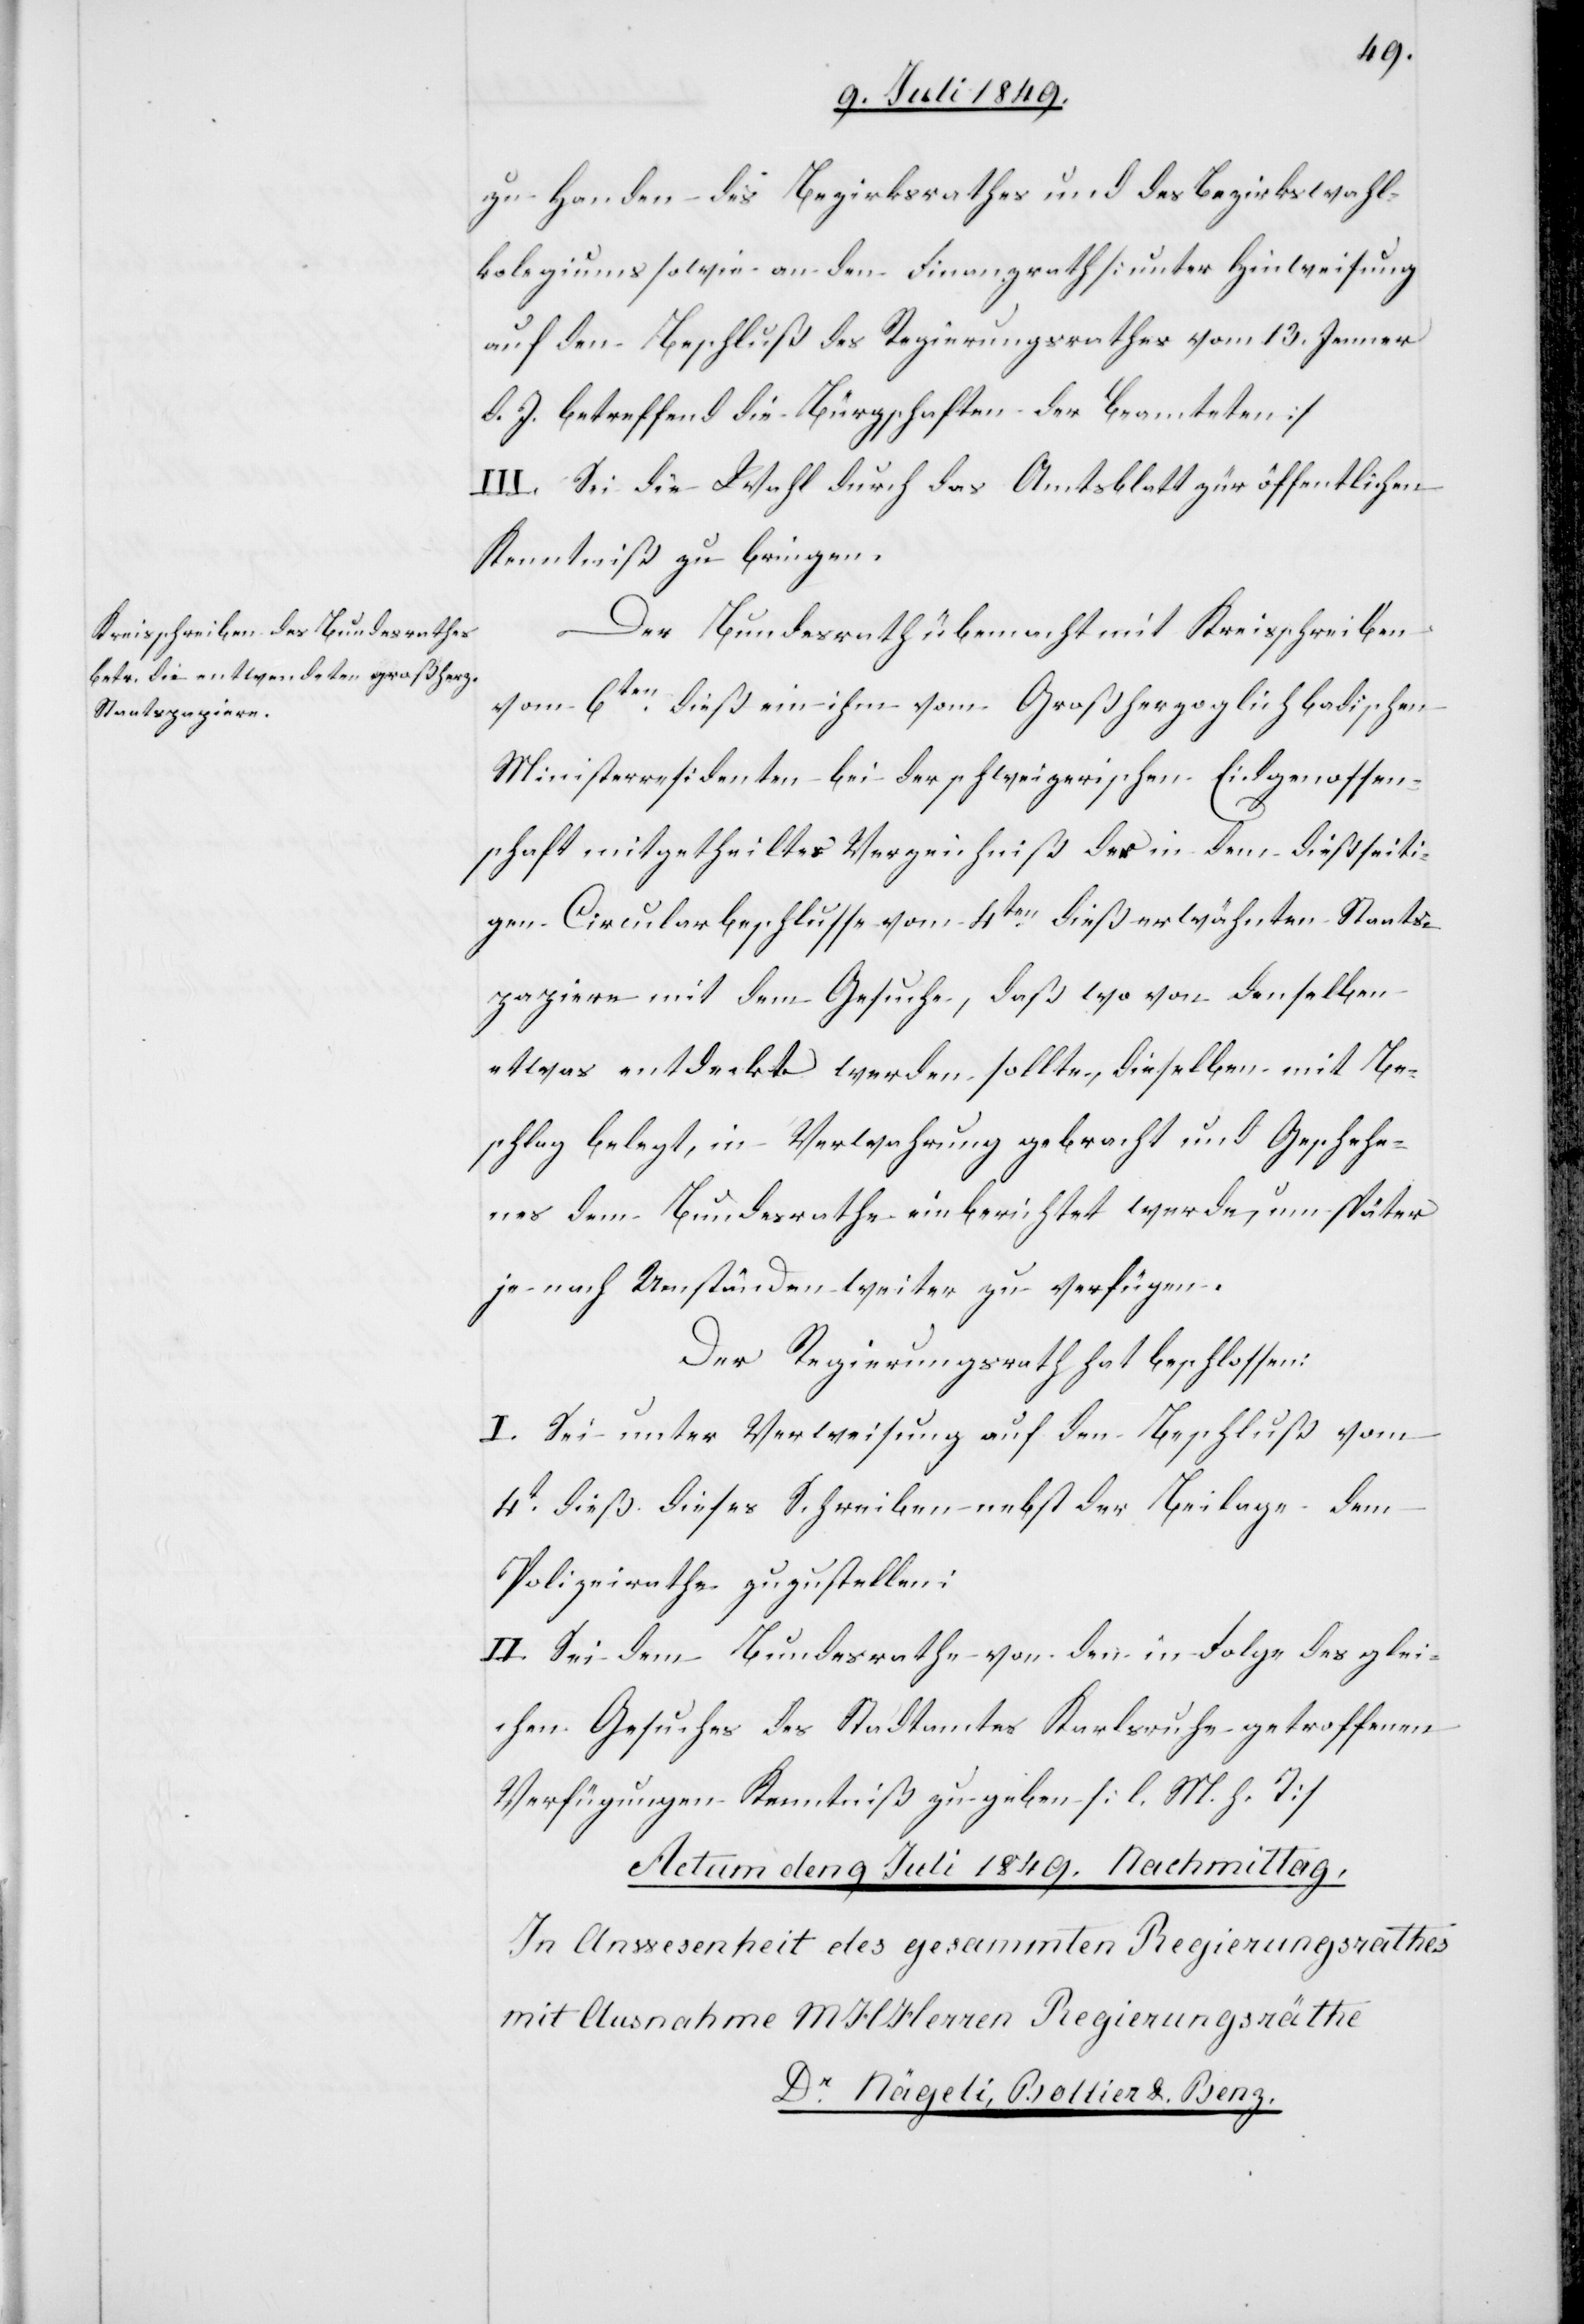
zu Handen des Bezirksrathes und des Bezirkswahl¬
kolegiums sowie an den Finanzrath [unter Hinweisung
auf den Beschluß des Regierungsrathes vom 13. Jenner
d. J. betreffend die Bürgschaften der Beamteten]
III. Sei die Wahl durch das Amtsblatt zur öffentlichen
Kenntniß zu bringen.
Der Bundesrath übermacht mit Kreisschreiben
vom 6ten dieß ein ihm vom Großherzoglich badischen
Ministerresidenten bei der schweizerischen Eidgenossen¬
schaft mitgetheiltes Verzeichniß des in dem dießseiti¬
gen Circularbeschlusses vom 4ten dieß erwähnten Staats¬
papiere mit dem Gesuche, daß wo von denselben
etwas entdeckt werden sollte, dieselben mit Be¬
schlag belegt, in Verwahrung gebracht und Geschehe¬
nes dem Bundesrathe ein berichtet werde, um später
je nach Umständen weiter zu verfügen.
Der Regierungsrath hat beschlossen:
I. Sei unter Verweisung auf den Beschluß vom
4t dieß. dieses Schreiben nebst der Beilage dem
Polizeirathe zuzustellen:
II. Sei dem Bundesrathe von den in Folge des glei¬
chen Gesuches des Stadtamtes Karlsruhe getroffenen
Verfügungen Kenntniß zu geben [l. M. h. T][.]